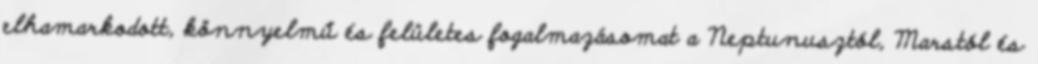
elhamarkodott, könnyelmű és felületes fogalmazásomat a Neptunusztól, Marstól és